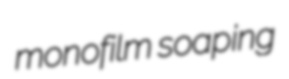
monofilm soaping